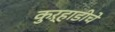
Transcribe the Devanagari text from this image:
कुऱ्हाडीचे